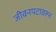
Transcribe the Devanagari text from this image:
जीवनपटावरून